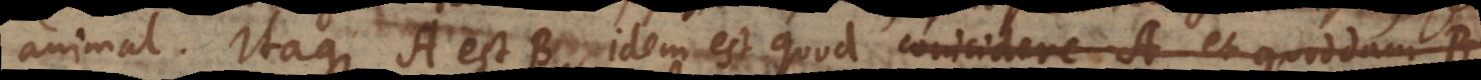
animal. Itaque A est B idem est quod coincidere A et quoddam B.